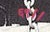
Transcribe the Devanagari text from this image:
६९।।